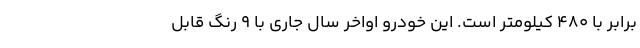
برابر با 480 کیلومتر است. این خودرو اواخر سال جاری با 9 رنگ قابل